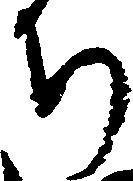
ち